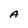
Character: A